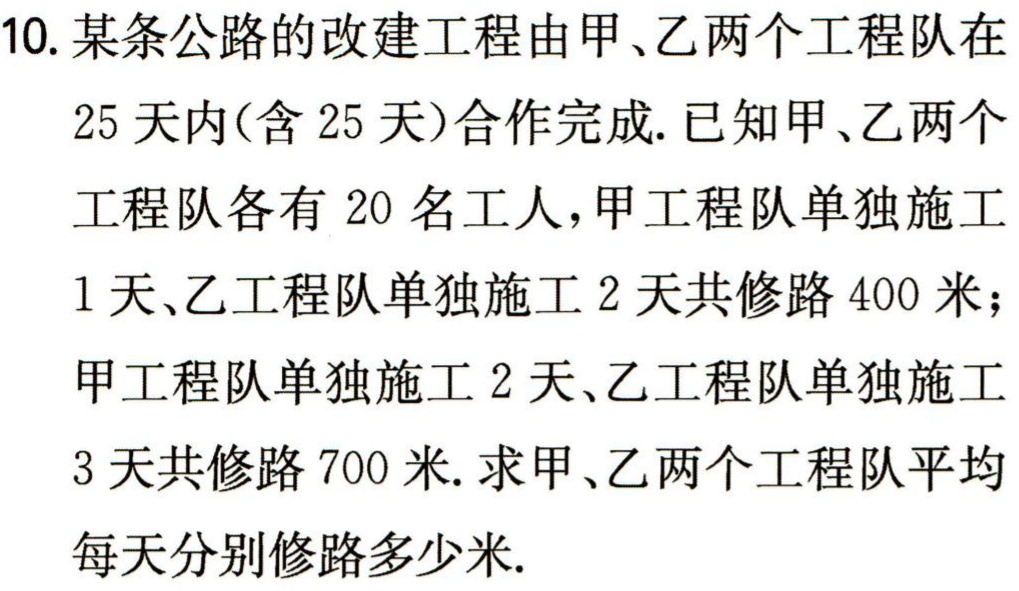
10. 某条公路的改建工程由甲、乙两个工程队在

25 天内(含 25 天)合作完成. 已知甲、乙两个

工程队各有 20 名工人，甲工程队单独施工

1 天、乙工程队单独施工 2 天共修路 400 米；

甲工程队单独施工 2 天、乙工程队单独施工

3 天共修路 700 米. 求甲、乙两个工程队平均

每天分别修路多少米.